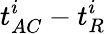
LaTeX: t_{AC}^{i}-t_{R}^{i}